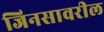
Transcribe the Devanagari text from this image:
जिनसावरील